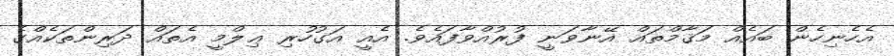
އެހެނިހެން ބައެއް މަޤާމްތައް އޭނާވަނީ ފުރުއްވާފައެވެ. އެއީ އަގުހުރި ޢިލްމީ އެތައް ދަރިންތަކެއްގެ